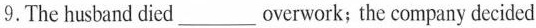
9.The husband died___overwork; the company decided